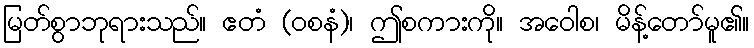
မြတ်စွာဘုရားသည်။ ဧတံ (ဝစနံ)၊ ဤစကားကို။ အဝေါစ၊ မိန့်တော်မူ၏။